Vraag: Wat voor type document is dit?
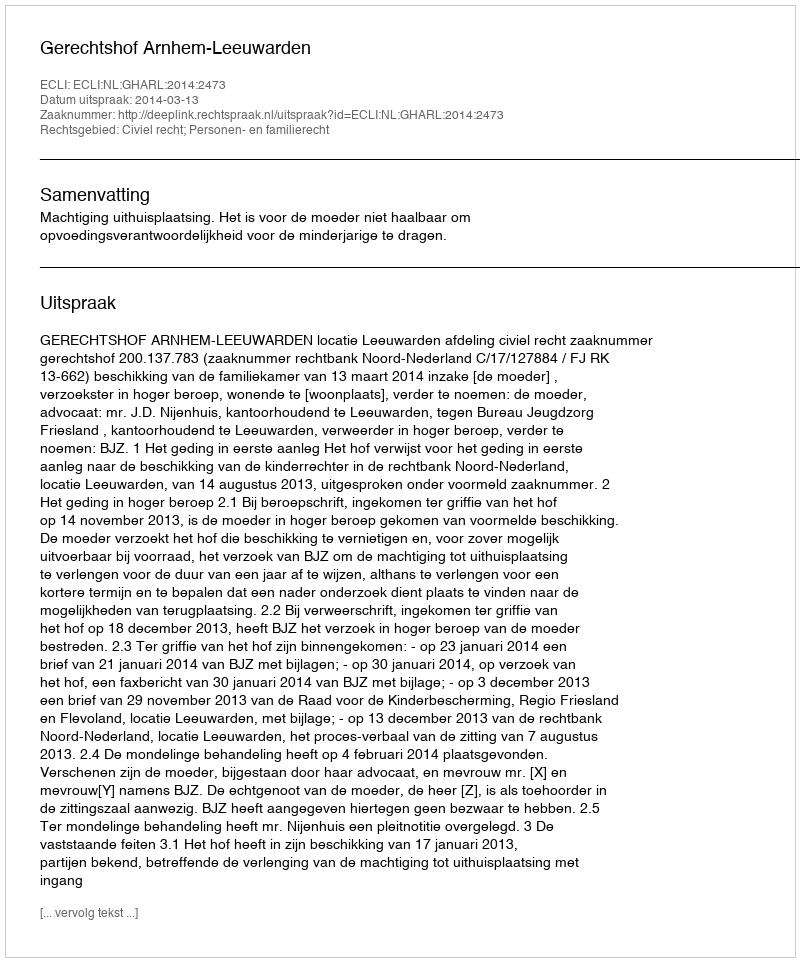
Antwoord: Uitspraak